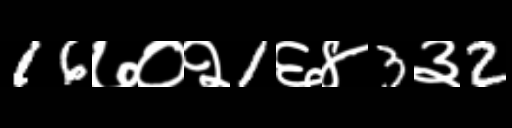
Text: 16७०२1६४3३2